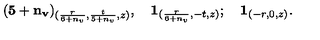
( \mathbf { 5 + n _ { v } } ) _ { ( \frac { r } { 6 + n _ { v } } , \frac { t } { 5 + n _ { v } } , z ) } , \quad \mathbf { 1 } _ { ( \frac { r } { 6 + n _ { v } } , - t , z ) } ; \quad \mathbf { 1 } _ { ( - r , 0 , z ) } .